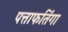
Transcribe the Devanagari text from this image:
पत्ताफतिंगा